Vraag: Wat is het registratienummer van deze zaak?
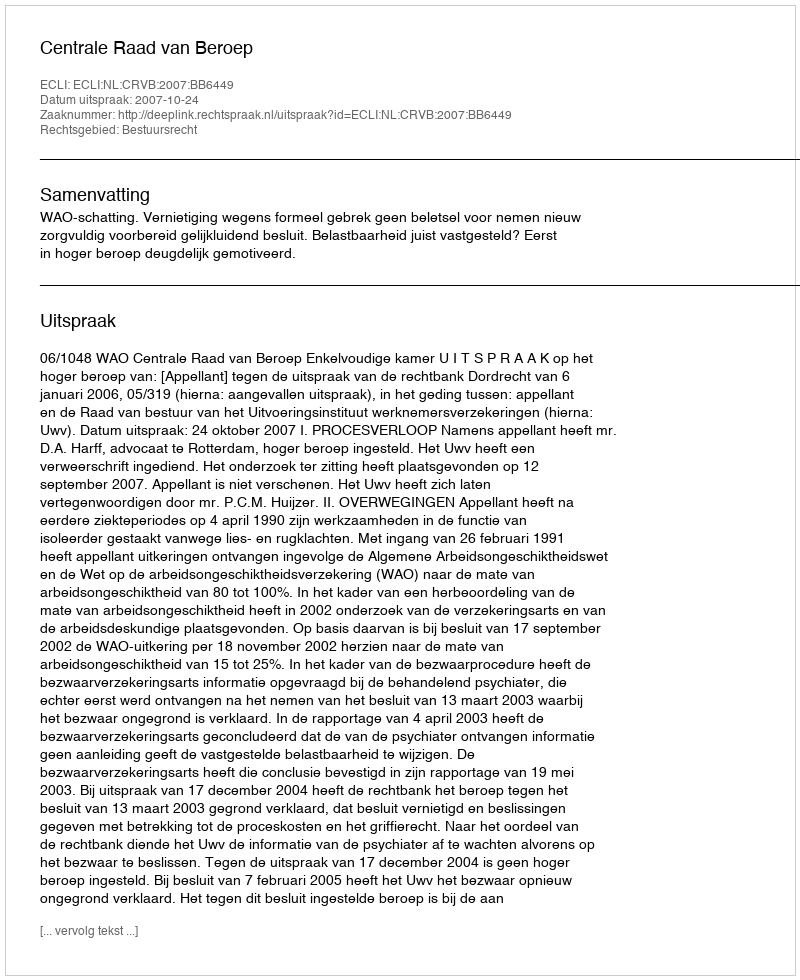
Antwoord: http://deeplink.rechtspraak.nl/uitspraak?id=ECLI:NL:CRVB:2007:BB6449